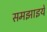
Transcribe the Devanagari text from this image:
समझाइये